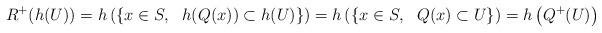
LaTeX: \begin{align*}R^+(h(U))= h \left(\left\{x \in S, \ \ h(Q(x))\subset h(U) \right\}\right) = h \left(\left\{x \in S, \ \ Q(x)\subset U \right\}\right) = h \left( Q^+(U)\right)\end{align*}